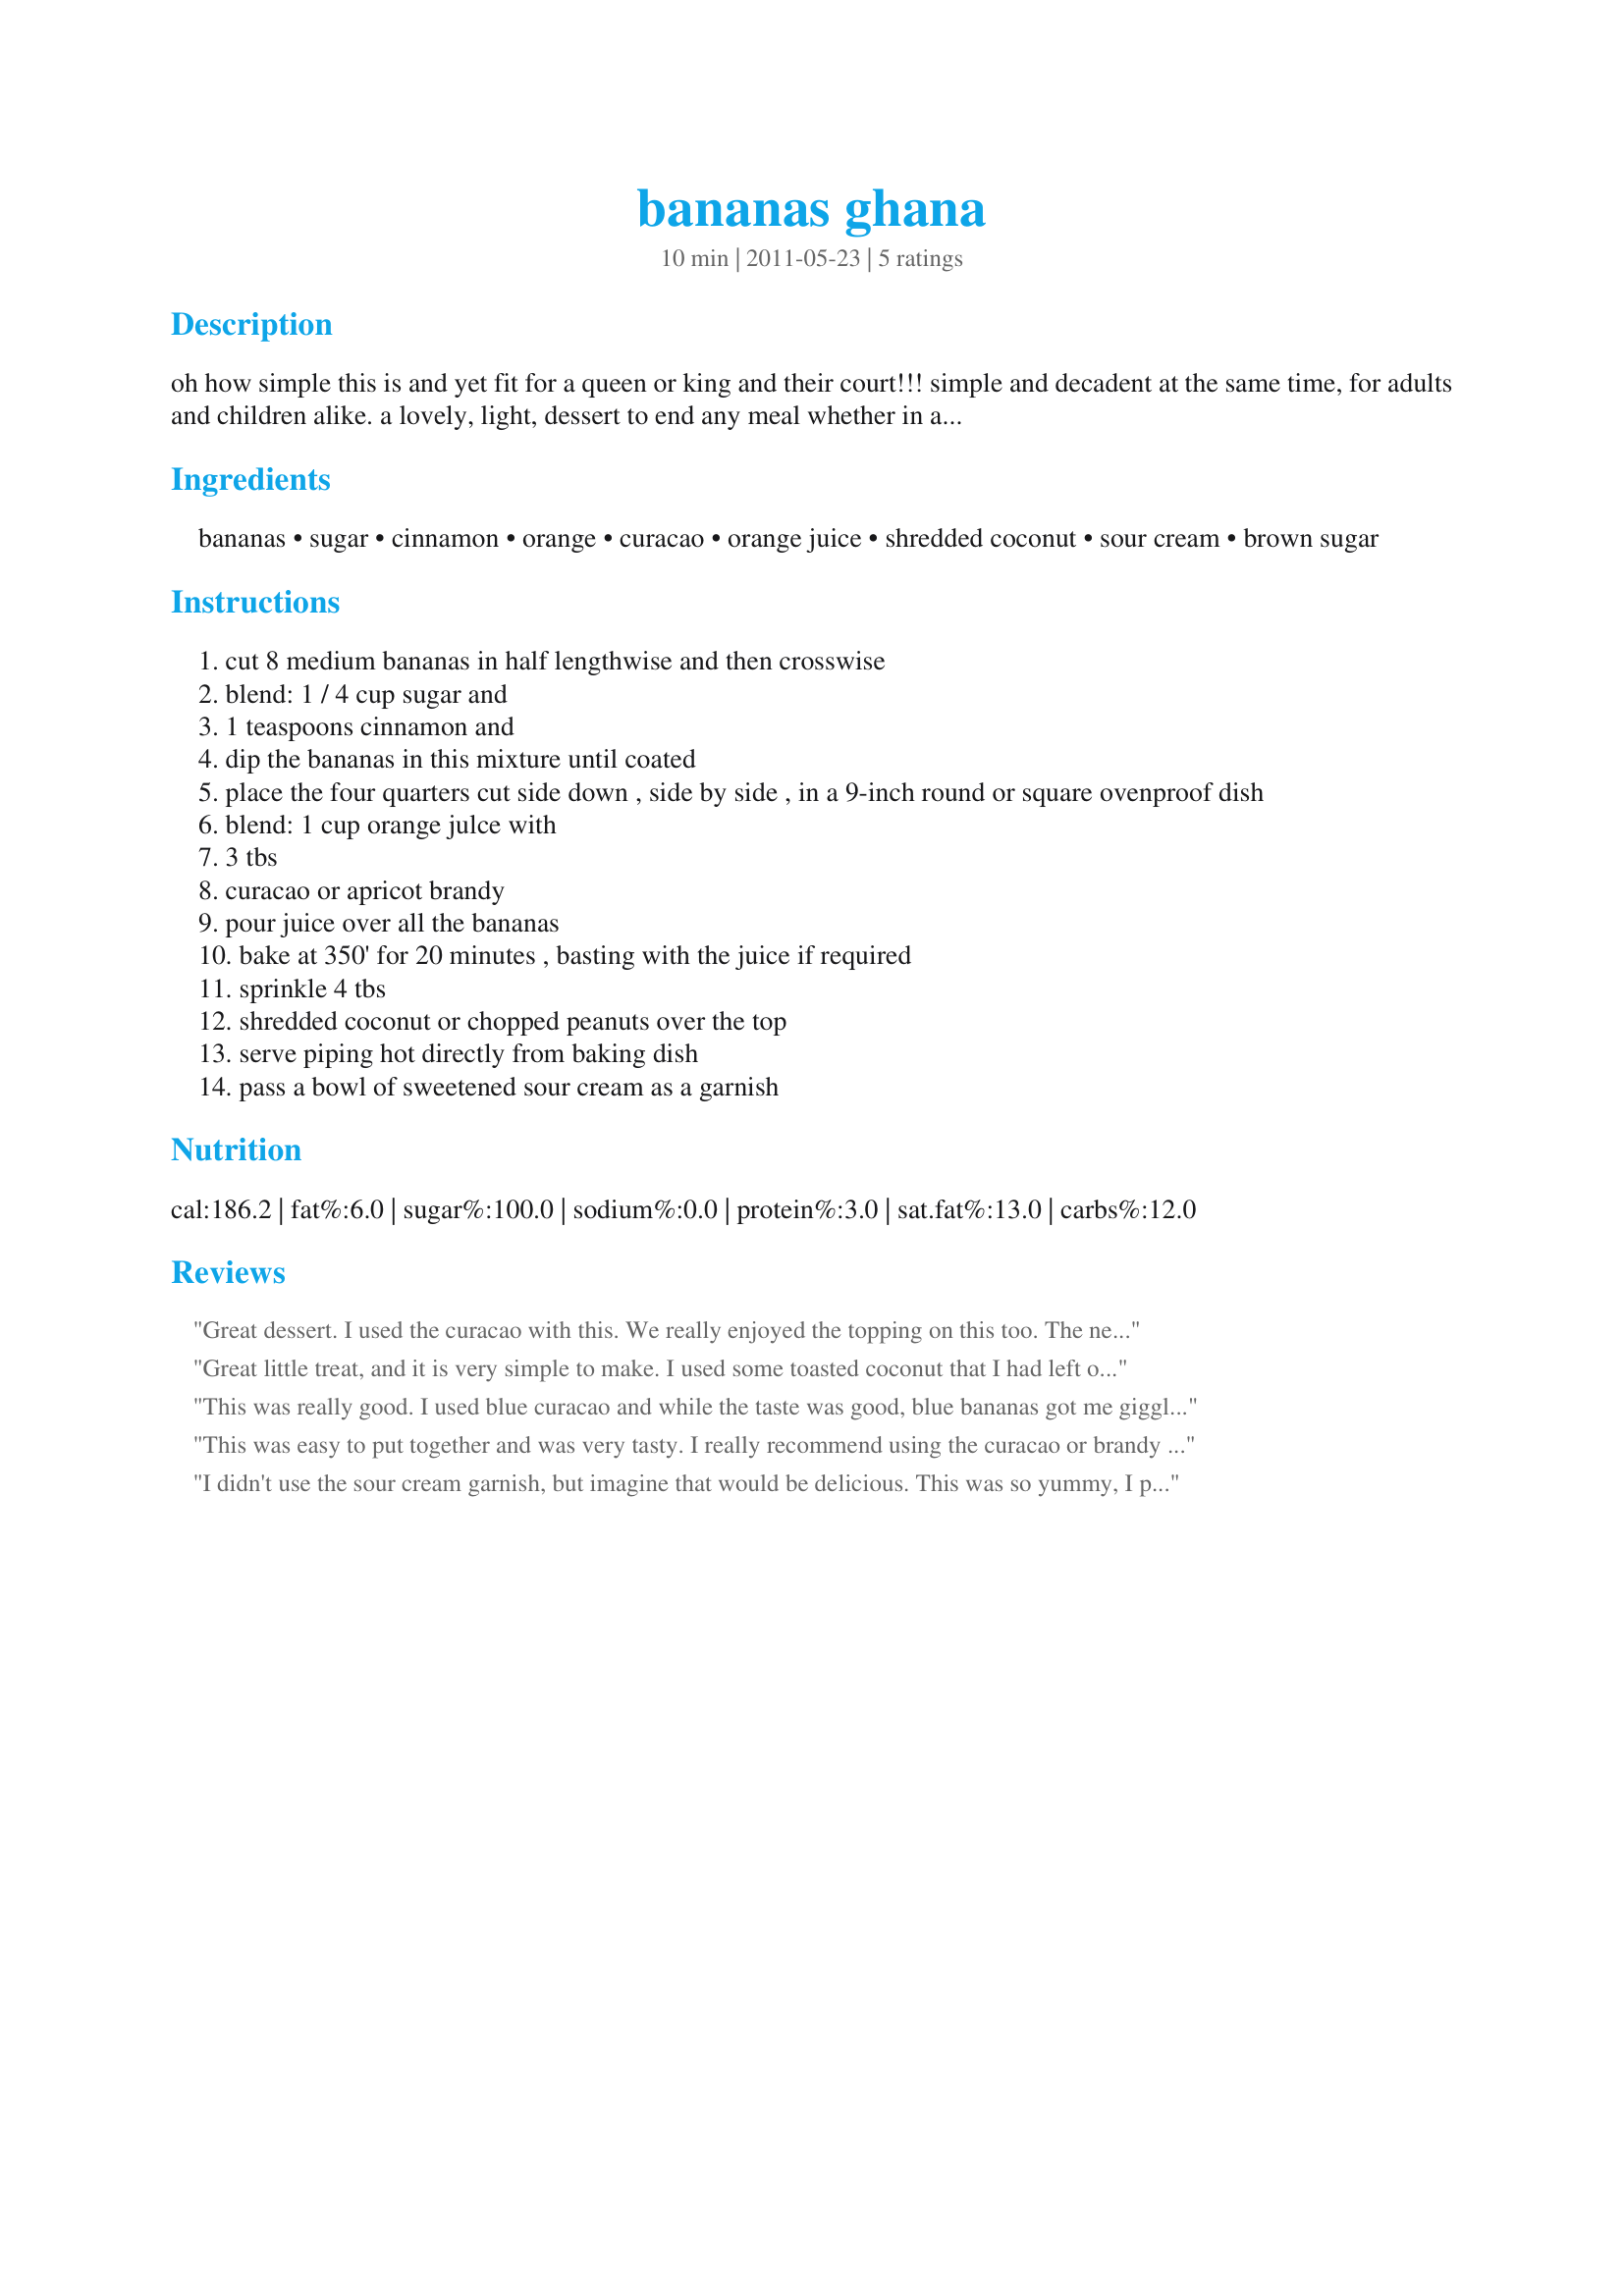
bananas ghana
Preparation time: 10 minutes

oh how simple this is and yet fit for a queen or king and their court!!! simple and decadent at the same time, for adults and children alike. a lovely, light, dessert to end any meal whether in africa, usa, or any other country. lovely! adopted from the u of penn african cookbook

Ingredients:
bananas, sugar, cinnamon, orange, curacao, orange juice, shredded coconut, sour cream, brown sugar

Steps:
cut 8 medium bananas in half lengthwise and then crosswise
blend: 1 / 4 cup sugar and
1 teaspoons cinnamon and
dip the bananas in this mixture until coated
place the four quarters cut side down , side by side , in a 9-inch round or square ovenproof dish
blend: 1 cup orange julce with
3 tbs
curacao or apricot brandy
pour juice over all the bananas
bake at 350' for 20 minutes , basting with the juice if required
sprinkle 4 tbs
shredded coconut or chopped peanuts over the top
serve piping hot directly from baking dish
pass a bowl of sweetened sour cream as a garnish

Reviews:
Great dessert. I used the curacao with this. We really enjoyed the topping on this too. The neighbors and us enjoyed this little treat this evening.The coconut was a nice touch too. And yes, it went well with vanilla ice cream. Made for I Recommend Tag.
Great little treat, and it is very simple to make. I used some toasted coconut that I had left over from a different recipe and that with the chopped peanuts sent this to the top. Something sweet like this that only takes 5 minutes to throw together is a recipe that has many uses, and I ususally always have these ingredients on hand. I could easily see this with vanilla ice cream as well!! Made for ZWT-7.
This was really good. I used blue curacao and while the taste was good, blue bananas got me giggling a bit. The sweetened sour cream was a great topping and complemented the other flavors well. I topped this with both the coconut and peanuts. Thanks Connie for a nice treat that I'll make again. Made for ZWT7 for the Emerald City Shakers.
This was easy to put together and was very tasty. I really recommend using the curacao or brandy to add a little something extra to the flavor. Also, I forgot to put the peanuts/coconut on at first and could really tell that something was missing. Once I added those(I did use both) the dish came together. Made for ZWT 7.
I didn't use the sour cream garnish, but imagine that would be delicious. This was so yummy, I promised myself I would only eat half a banana, but ended up eating a whole one! I'll make sure I have some ice cream next time, and be totally decadent! Thanks for sharing! Made for ZWT.
